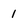
Character: 1